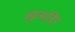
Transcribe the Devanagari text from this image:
व्युत्पतित